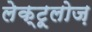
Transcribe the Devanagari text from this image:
लेक्टूलोज़